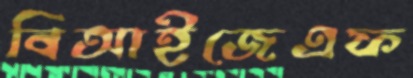
বিআইজেএফ